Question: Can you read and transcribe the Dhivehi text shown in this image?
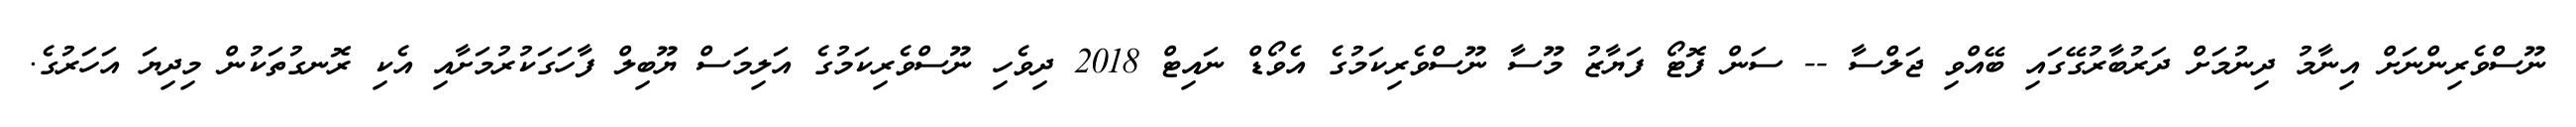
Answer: ނޫސްވެރިންނަށް އިނާމު ދިނުމަށް ދަރުބާރުގޭގައި ބޭއްވި ޖަލްސާ -- ސަން ފޮޓޯ ފަޔާޒު މޫސާ ނޫސްވެރިކަމުގެ އެވޯޑް ނައިޓް 2018 ދިވެހި ނޫސްވެރިކަމުގެ އަލިމަސް ޔޫބިލް ފާހަގަކުރުމަށާއި އެކި ރޮނގުތަކުން މިދިޔަ އަހަރުގެ.